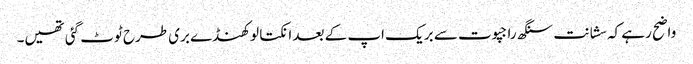
واضح رہے کہ سشانت سنگھ راجپوت سے بریک اپ کے بعد انکتا لوکھنڈے بری طرح ٹوٹ گئی تھیں۔